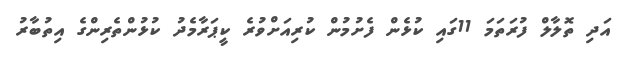
އަދި ތޮލާލް ފުރަތަމަ 11ގައި ކުޅެން ފެށުމުން ކުރިއަށްވުރެ ކީޕަރާމެދު ކުޅުންތެރިންގެ އިތުބާރު